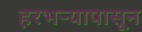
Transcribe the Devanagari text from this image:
हरभऱ्यापासून